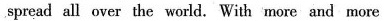
spread all over the world. With more and more